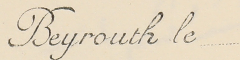
Beyrouth le